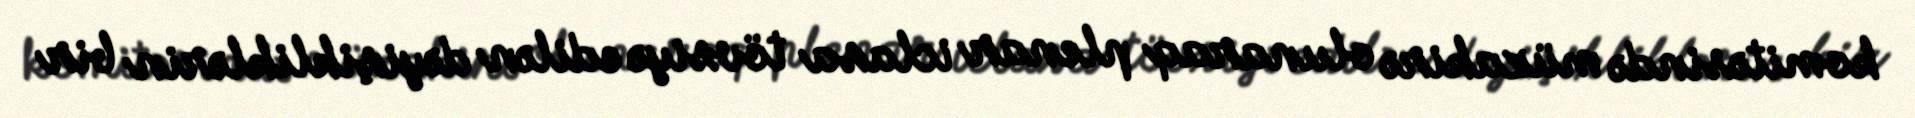
komitəsində müzakirə olunaraq plenar iclasa tövsiyə edilən dəyişikliklərin bir